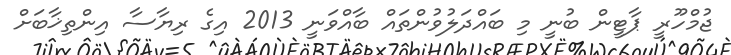
ޖުމްހޫރީ ޕާޓީން ބުނީ މި ބައްދަލުވުންތައް ބާއްވަނީ 2013 އިގެ ރިޔާސާ އިންތިޚާބަށް